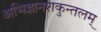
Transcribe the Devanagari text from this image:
अभिज्ञानशकुन्तलम्